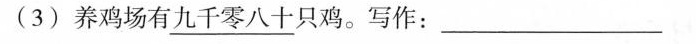
(3)养鸡场有\underline{九千零八十}只鸡。写作：___